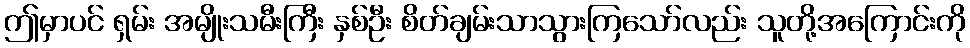
ဤမှာပင် ရှမ်း အမျိုးသမီးကြီး နှစ်ဦး စိတ်ချမ်းသာသွားကြသော်လည်း သူတို့အကြောင်းကို